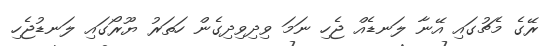
ރޭގެ މެޗުގައި އޭނާ ލަނޑެއް ޖެހި ނަމަ ވިދިވިދިގެން ހަތަރު ޔޫރޯގައި ލަނޑުޖެހި